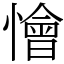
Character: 懀